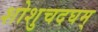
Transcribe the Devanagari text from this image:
शोशुचदघम्